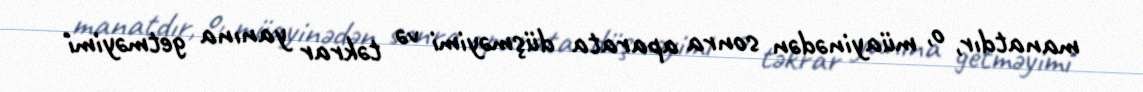
manatdır, o, müayinədən sonra aparata düşməyimi və təkrar yanına getməyimi